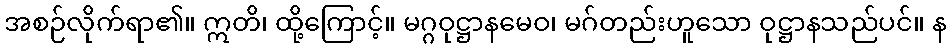
အစဉ်လိုက်ရာ၏။ ဣတိ၊ ထို့ကြောင့်။ မဂ္ဂဝုဋ္ဌာနမေဝ၊ မဂ်တည်းဟူသော ဝုဋ္ဌာနသည်ပင်။ န